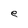
Character: e